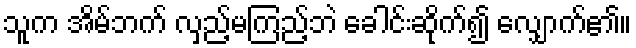
သူက အိမ်ဘက် လှည့်မကြည့်ဘဲ ခေါင်းဆိုက်၍ လျှောက်၏။